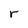
Character: r